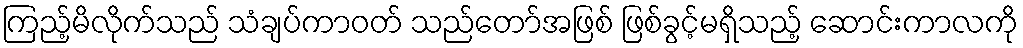
ကြည့်မိလိုက်သည် သံချပ်ကာဝတ် သည်တော်အဖြစ် ဖြစ်ခွင့်မရှိသည့် ဆောင်းကာလကို